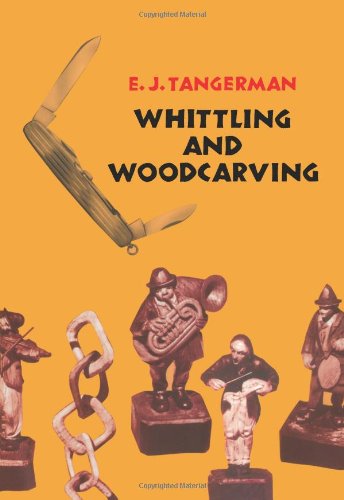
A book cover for Whittling and Woodcarving (Dover Woodworking); E. J. Tangerman; Crafts, Hobbies & Home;